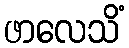
ဖာလေသိံ